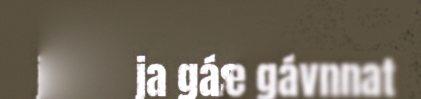
ja gássjel le gávnnat